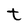
Character: t